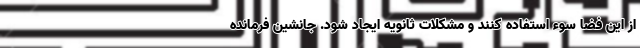
از این فضا سوء استفاده کنند و مشکلات ثانویه ایجاد شود. جانشین فرمانده